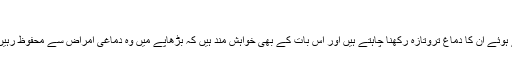
محققین کا...
پیرس: اگر آپ اپنے بچوں کو افسردگی سے دور رکھتے ہوئے ان کا دماغ تروتازہ رکھنا چاہتے ہیں اور اس بات کے بھی خواہش مند ہیں کہ بڑھاپے میں وہ دماغی امراض سے محفوظ رہیں تو انہیں باقاعدگی سے اخروٹ کھانے کا عادی بنائیے۔